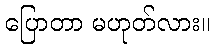
ပြောတာ မဟုတ်လား။